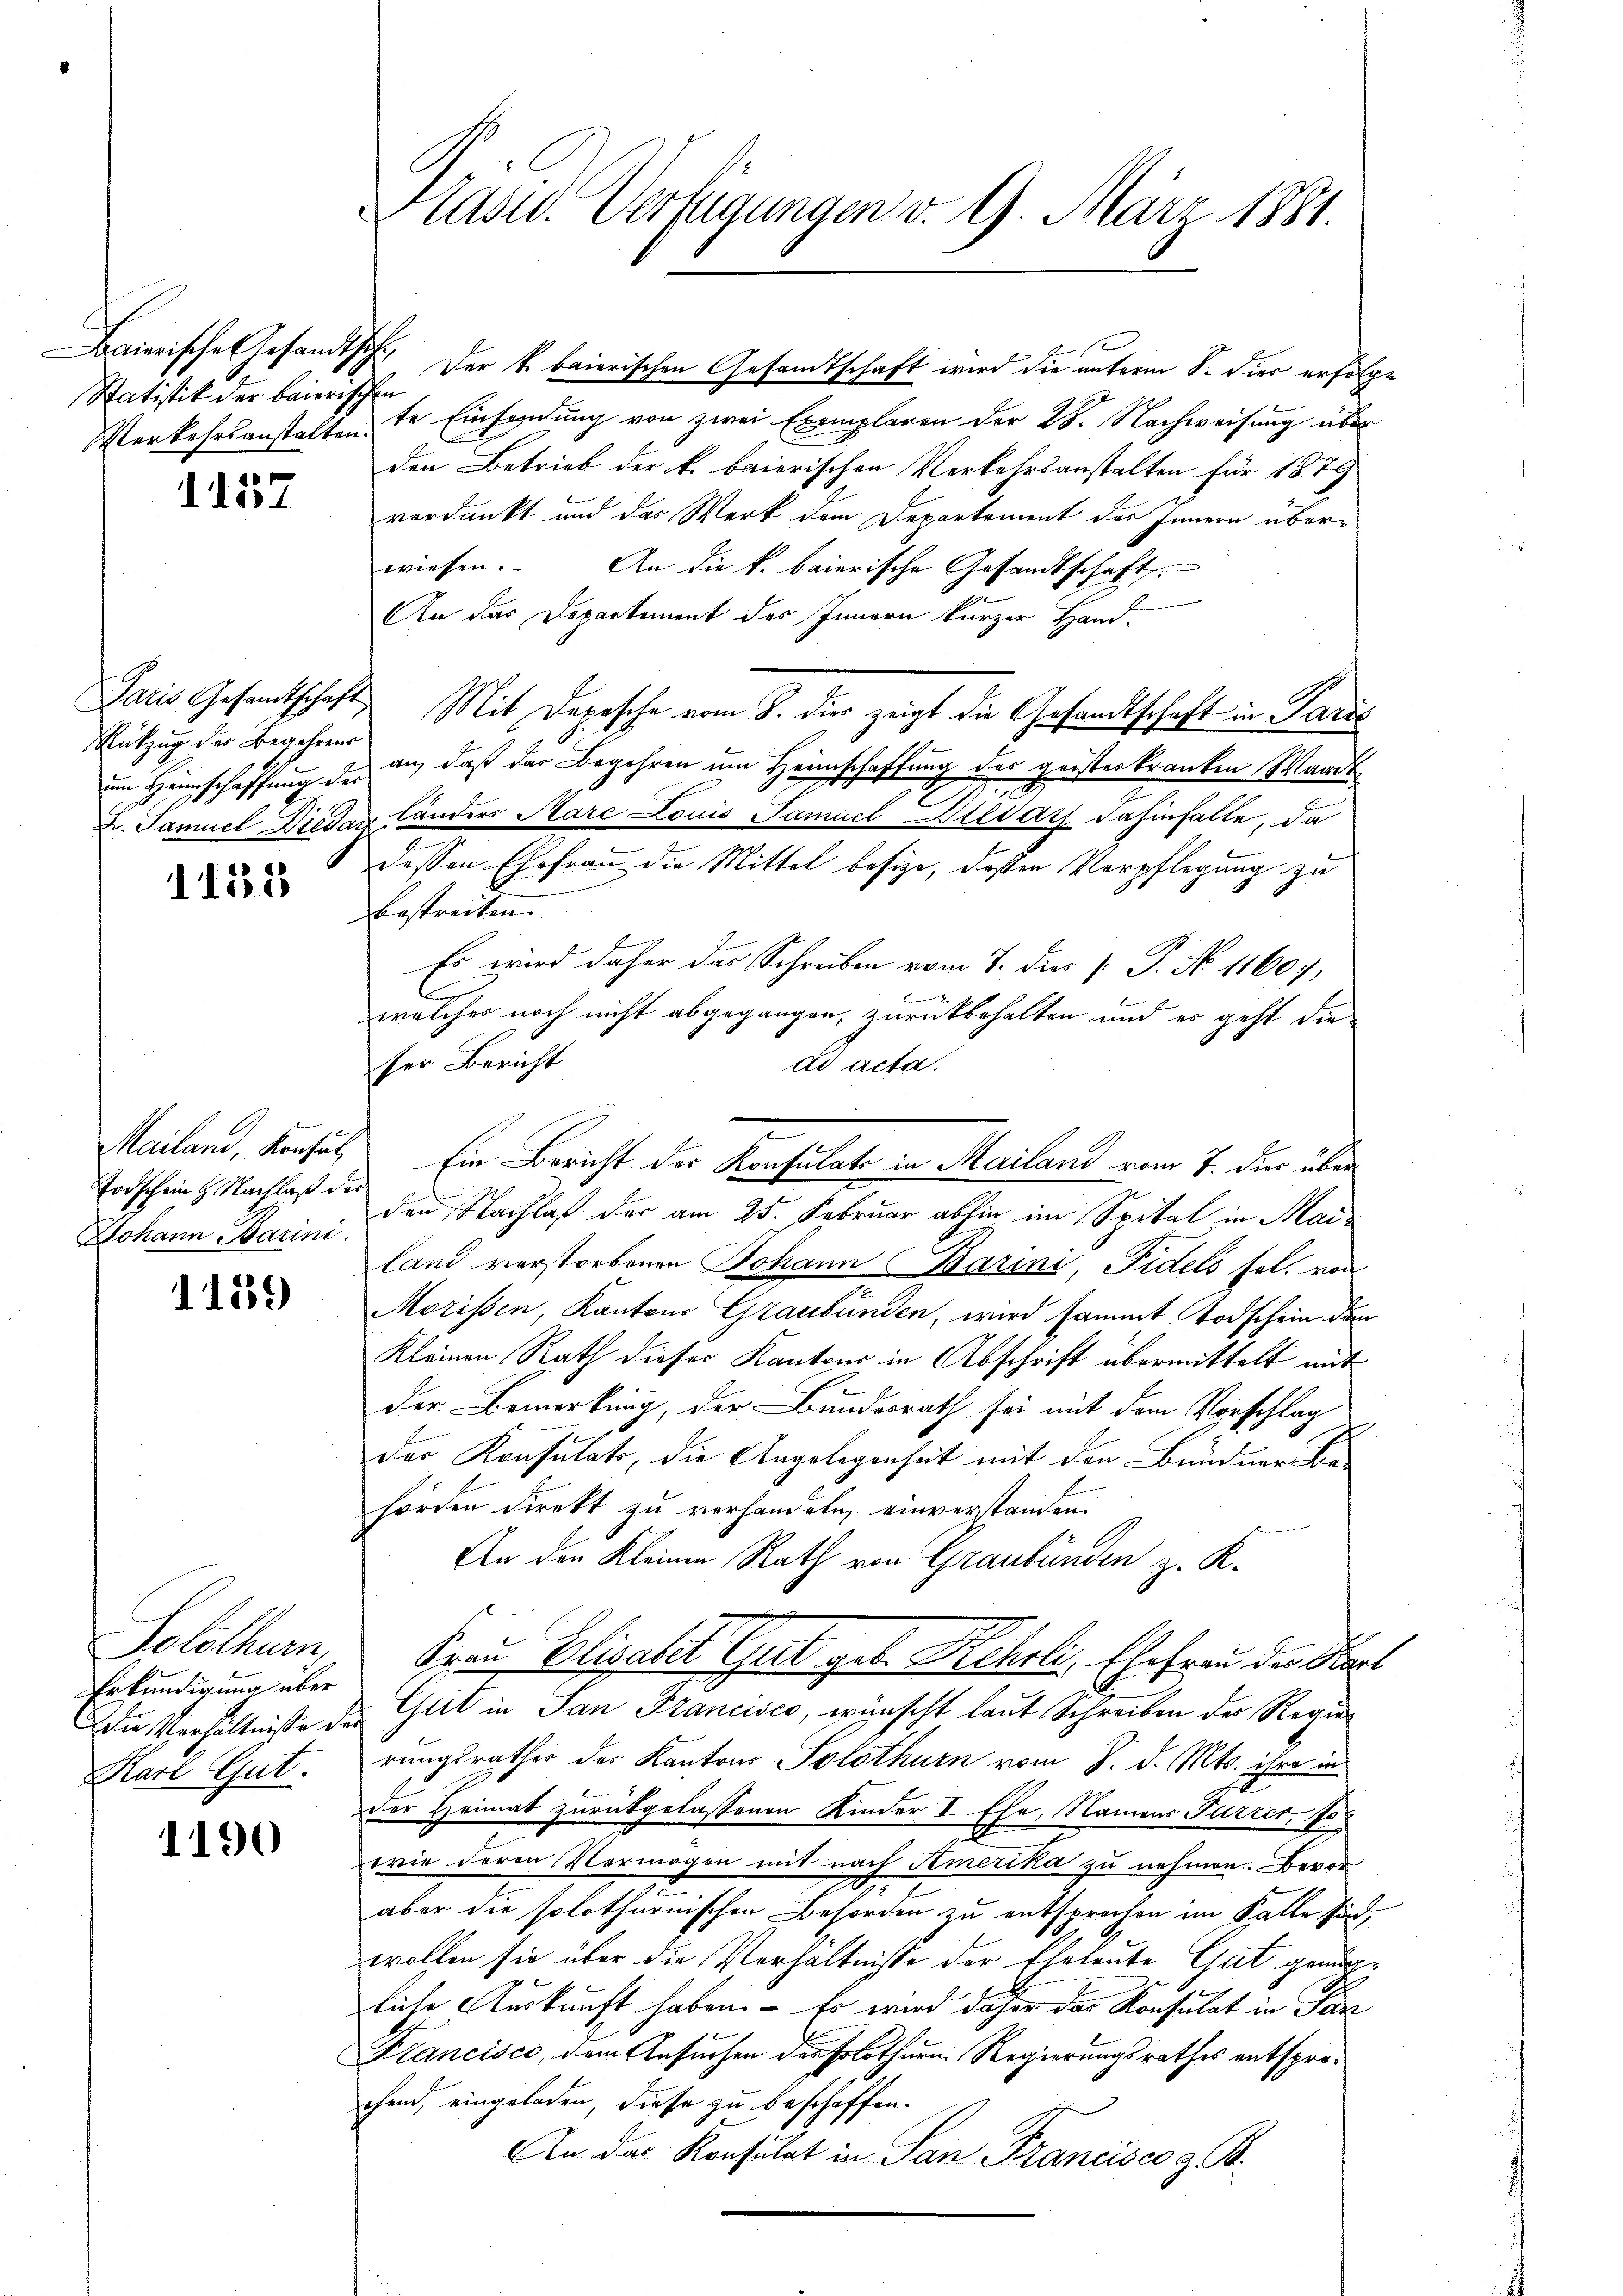
Statistik der baierischen

1157.

Rükzug des Begehrens

1132

Todschein H. Nachlaß der
Johann Barini.

1159

Solothurn,
Erkundigung über
Karl Gut.

1190

Kasid. Verfügungen v. 9. März 1881.

Baierische Gesandtschr. Der k. baierischen Gesamtschaft wird die unterm S. dier erfolge
Verkehrsanstaltente Einsendung von zwei Exemplaren der 28. Nachweisung über
den Betrieb der k. baierischen Verkehrsanstalten für 1879
verdankt und das Werk dem Departement des Innern überwiesen. An die k. baierische Gesandtschaft
An das Departement des Innern kurzer Hand-
Paris Gesamtschaft. Mit Depesche vom 8. dies zeigt die Gesandtschaft in Paris
im Heimschaffung der an, daß das Begehren um Heimschaffung des geisteskranken Waadt
.
u. Samuel Wieder Länders Marc Louis Samuel Bildat dahinfalle, da
n
dessen Ehefrau die Mittel besize, deßen Verpflegung zu
bestreiten. |
Es wird daher das Schreiben vom 7. dies [ P. No 1160),
l
b
welches noch nicht abgegangen, zurückbehalten und er geht die
ser Bericht
ad acta.
Mailand, Konsul Ein Bericht der Konsulate in Mailand vom 7. die über
den Nachlaß der am 25. Februar abhin im Spital in Mailand verstorbenen Johann Barini, Fidels sel. von
Morissen, Kantons Graubünden, wird sammt Todschein der
Kleinen Rath dieser Kantons in Abschrift übermittelt mit
der Bemerkung, der Bundesrath sei mit dem Vorschlag
der Konsulats, die Angelegenheit mit den Bundner Behörden Direkt zu verhandeln, einverstanden.
An den Kleinen Rath von Graubünden z. K.
Frau Elisabet Gut geb. Rehrli, Ehefrau der Kart
die Verhältniße der Glit in San Francisco, wünscht laut Schreiben der Regierungsrathes der Kantons Solothurn vom 8. d. Mts. ihre in
der Heimat zurückgelassenen Kinder I Ehe, Namens Furrer, 10
wie deren Vermögen mit nach Semerika zu nehmen. Bevor
aber die solothurnischen Behörden zu entsprechen im Falle sind
wollen sie über die Verhältnisse der Eheleute Gut genugliche Auskunft haben. – Es wird daher das Konsulat in Par
Francisco, dem Ansuchen des Solothurn. Regierungsrathes entsprochend, eingeladen, diese zu beschaffen.
An das Konsulat in San Francisco z. B.